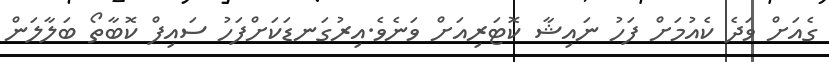
ގެއަށް ވަދެ ކެއުމަށް ފަހު ނައިޝާ ކޮޓަރިއަށް ވަނެވެ.އިރުގަނޑަކަށްފަހު ސައިފް ކޮބާތޯ ބަލާލަން